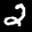
Label: 2